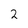
Character: 2